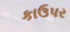
કાઉપર